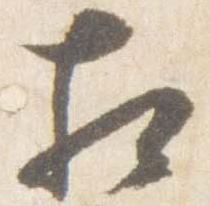
相